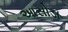
આસોડા